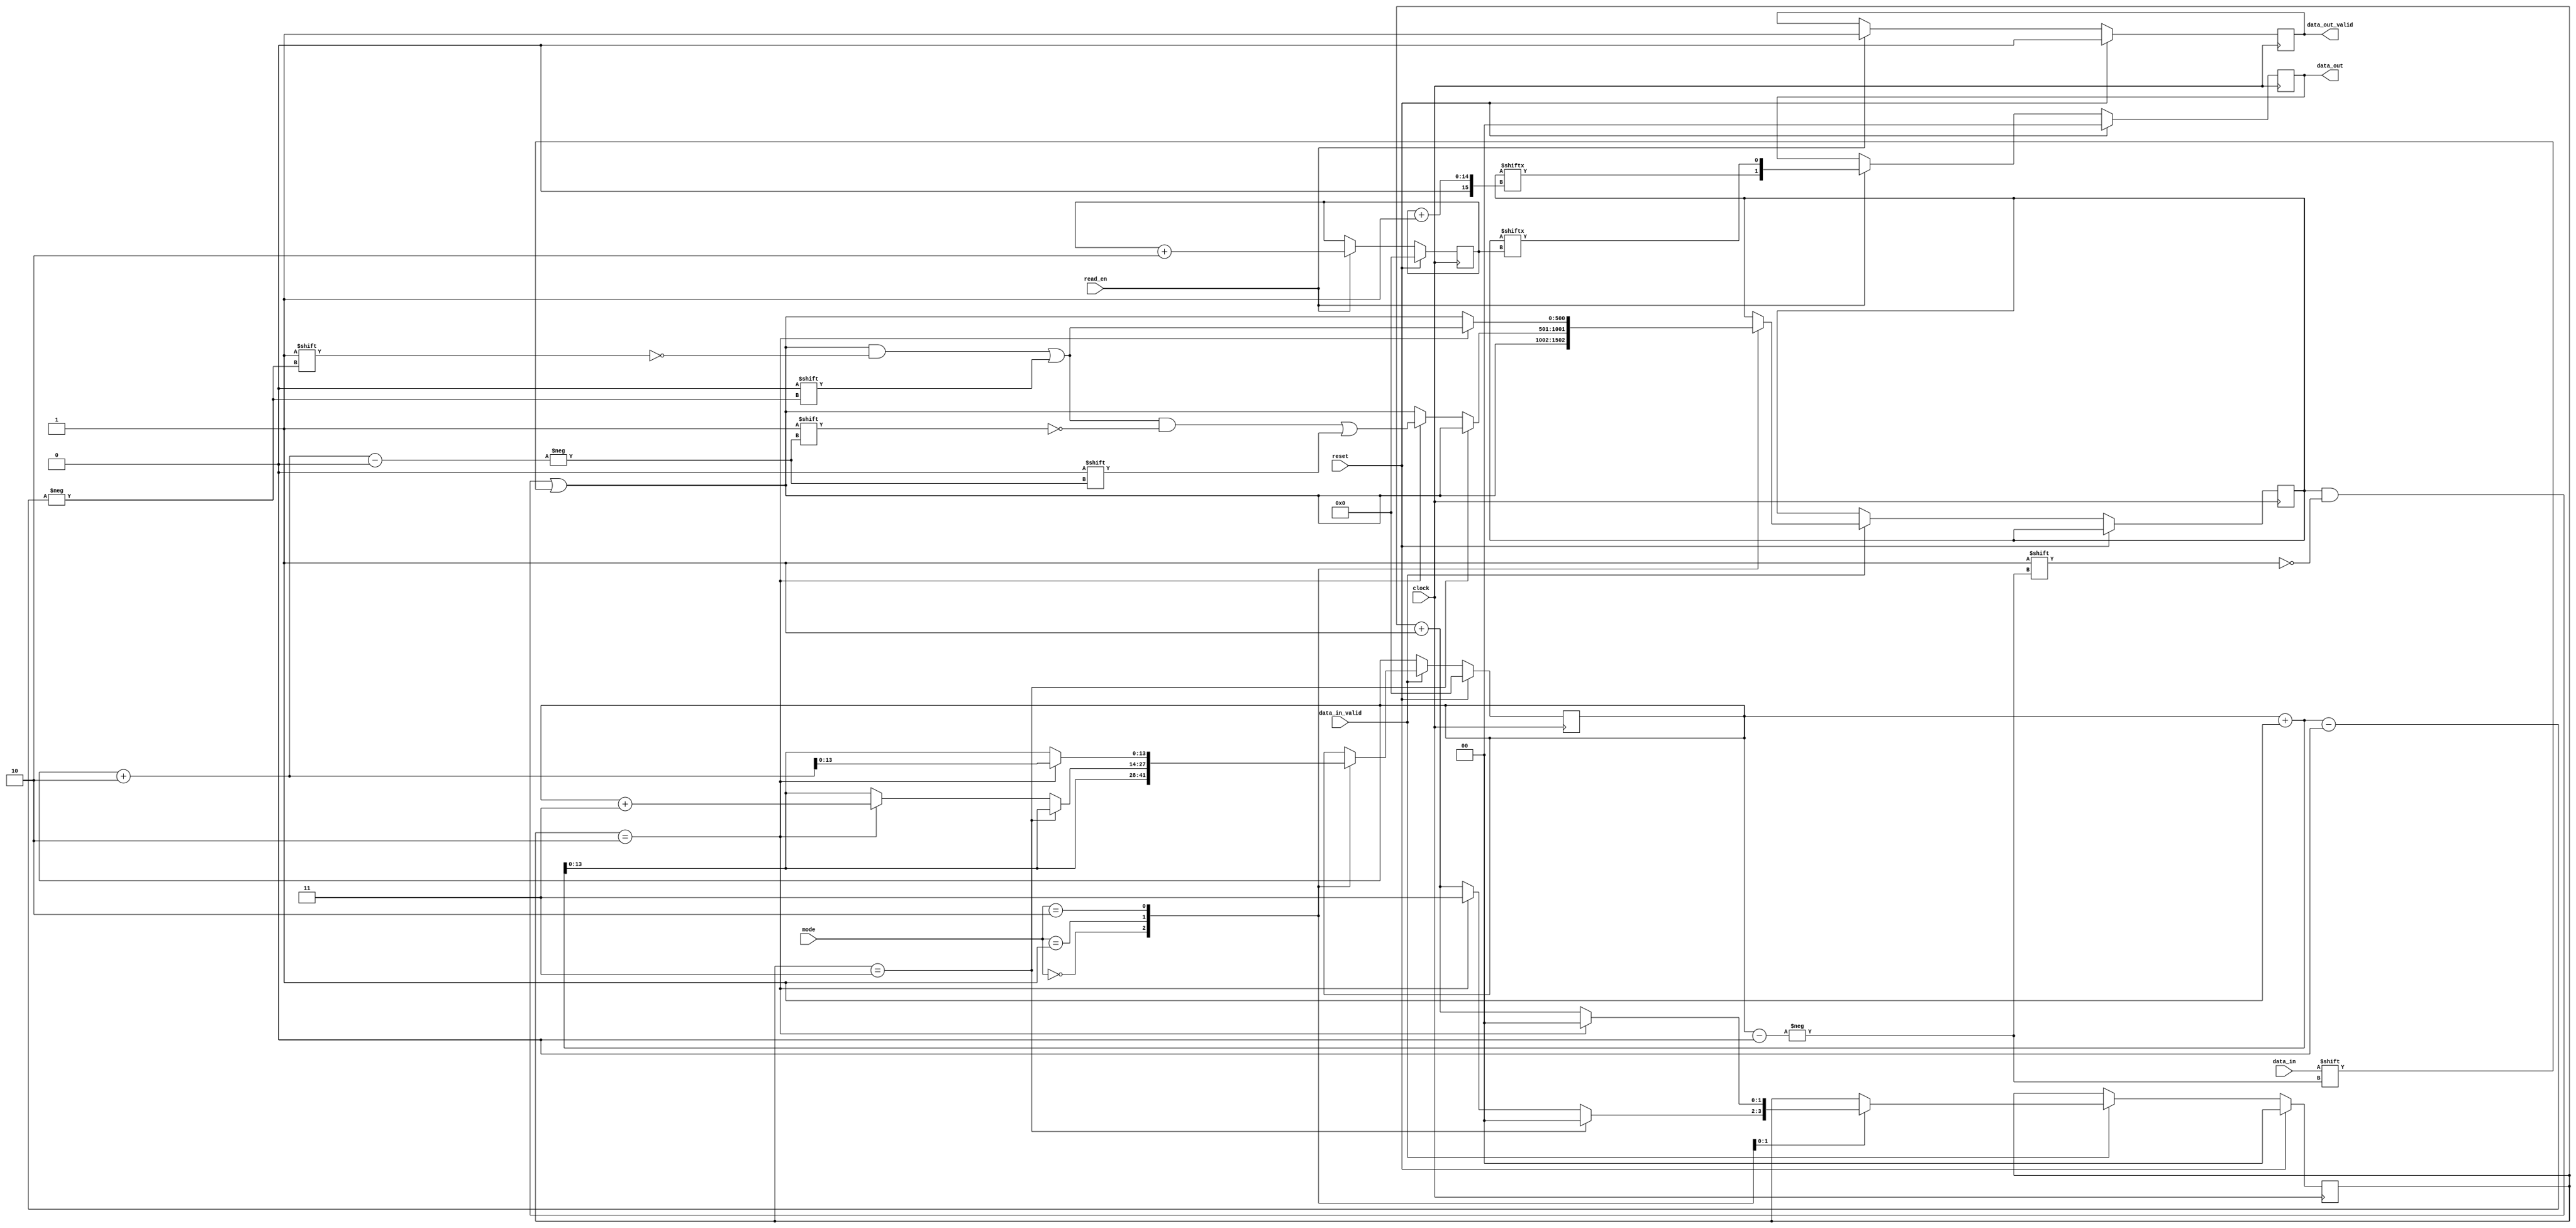
`timescale 1ns / 1ps
//////////////////////////////////////////////////////////////////////////////////
// Company: 
// Engineer: 
// 
// Design Name: 
// Module Name:    Serial2Parallel 
// Project Name: 
// Target Devices: 
// Tool versions: 
// Description: 
//
// Dependencies: 
//
// Revision: 
// Revision 0.01 - File Created
// Additional Comments: 
//
//////////////////////////////////////////////////////////////////////////////////
module Serial2Parallel(
	input wire clock,
	input wire reset,
	input wire data_in,
	input wire [1:0] mode,				// mode : 0 --> r = 1/2, 1 --> r = 3/4, 2 --> r = 2/3
	input wire data_in_valid,
	input wire read_en,
	output reg [1:0] data_out,
	output reg data_out_valid
    );

reg [500:0] MEM; //max needed: 4096 * 8 / 2 - 1 = 16383
reg [1:0] counter; 
reg [13:0] writeCounter, readCounter;

always@(posedge clock)
begin
	if(reset)
	begin
		writeCounter <= 0;
		counter <= 0;
	end
	else if(data_in_valid)
	begin
		case(mode) // mode : 0 --> r = 1/2, 1 --> r = 3/4, 2 --> r = 2/3
			0:begin
				MEM[writeCounter] <= data_in;
				writeCounter <= writeCounter + 1;
			end
			1:begin
				if(counter == 3)
				begin
					MEM[writeCounter] <= data_in;
					writeCounter <= writeCounter + 1;
					counter <= 0;
				end
				else if(counter == 2)
				begin
					MEM[writeCounter] <= data_in;
					MEM[writeCounter+1] <= 0;
					MEM[writeCounter+2] <= 0;
					writeCounter <= writeCounter + 3;
					counter <= 3;
				end
				else
				begin
					counter <= counter + 1;
					MEM[writeCounter] <= data_in;
					writeCounter <= writeCounter + 1;
				end
			end
			2:begin
				if(counter == 2)
				begin
					MEM[writeCounter] <= data_in;
					MEM[writeCounter+1] <= 0;
					writeCounter <= writeCounter + 2;
					counter <= 0;
				end
				else
				begin
					counter <= counter + 1;
					MEM[writeCounter] <= data_in;
					writeCounter <= writeCounter + 1;
				end
			end
		endcase
	end
end

always@(posedge clock)
begin
	if(reset)
	begin
		readCounter <= 0;
		data_out_valid <= 0;
		data_out <= 0;
	end
	else if(read_en)
	begin
		data_out <= {MEM[readCounter+1], MEM[readCounter]};
		readCounter <= readCounter + 2;
		data_out_valid <= 1;
	end
end

endmodule